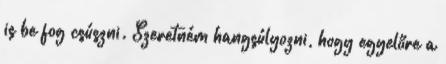
is be fog csúszni. Szeretném hangsúlyozni, hogy egyelőre a